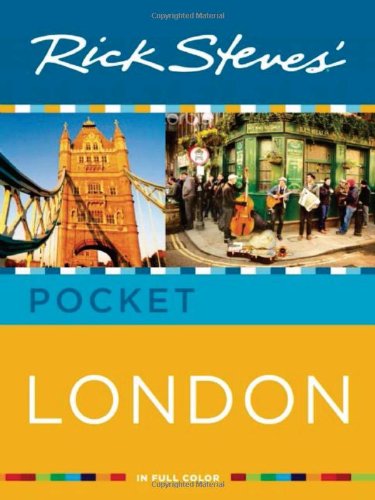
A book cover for Rick Steves' Pocket London; Rick Steves; Travel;